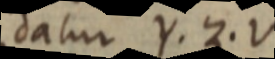
datur Y. Z.V